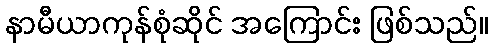
နာမီယာကုန်စုံဆိုင် အကြောင်း ဖြစ်သည်။